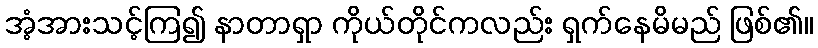
အံ့အားသင့်ကြ၍ နာတာရှာ ကိုယ်တိုင်ကလည်း ရှက်နေမိမည် ဖြစ်၏။